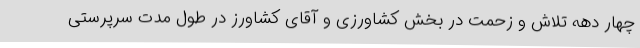
چهار دهه تلاش و زحمت در بخش کشاورزی و آقای کشاورز در طول مدت سرپرستی